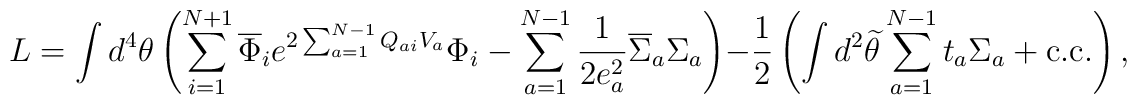
L = \int d^4\theta \left( \sum_{i=1}^{N+1}      \overline{\Phi}_i e^{2\sum_{a=1}^{N-1}Q_{ai}V_a}\Phi_i      -\sum_{a=1}^{N-1}\frac{1}{2e_a^2}\overline{\Sigma}_a \Sigma_a \right)      -\frac{1}{2}\left(      \int d^2\widetilde{\theta} \sum_{a=1}^{N-1}t_a \Sigma_a + {\rm c.c.}      \right),